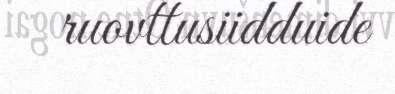
ruovttusiidduide